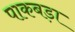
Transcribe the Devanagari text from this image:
पाकबड़ा